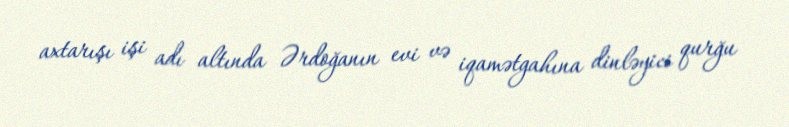
axtarışı işi adı altında Ərdoğanın evi və iqamətgahına dinləyici qurğu